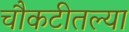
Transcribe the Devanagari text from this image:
चौकटीतल्या